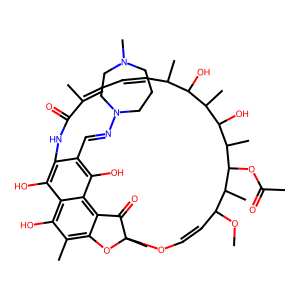
SMILES: COC1C=COC2(C)Oc3c(C)c(O)c4c(O)c(c(C=NN5CCCN(C)CC5)c(O)c4c3C2=O)NC(=O)C(C)=CC=CC(C)C(O)C(C)C(O)C(C)C(OC(C)=O)C1C
Inhibits HIV replication: No